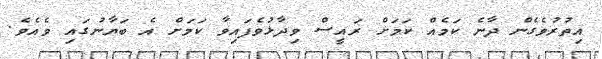
އިތުރުވެގެން ދާނެ ކަމެއް ކަމަށް ރައީސް ވިދާޅުވެފައިވާ ކަމަށް އެ ބަޔާނުގައި ވެއެވެ.